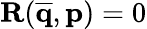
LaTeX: \mathbf{R}(\mathbf{\overline{{q}}},\mathbf{p})=0